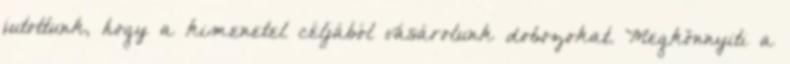
jutottunk, hogy a kimenetel céljából vásárolunk dobozokat. Megkönnyiti a